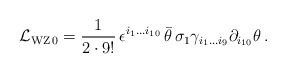
LaTeX: \begin{align*} {\cal L}_{{\rm WZ}\,0} = {1\over 2\cdot 9!}\, \epsilon^{i_1\ldots i_{10}}\,\bar\theta \,\sigma_1 \gamma_{i_1\ldots i_9}\partial_{i_{10}}\theta \,.\end{align*}